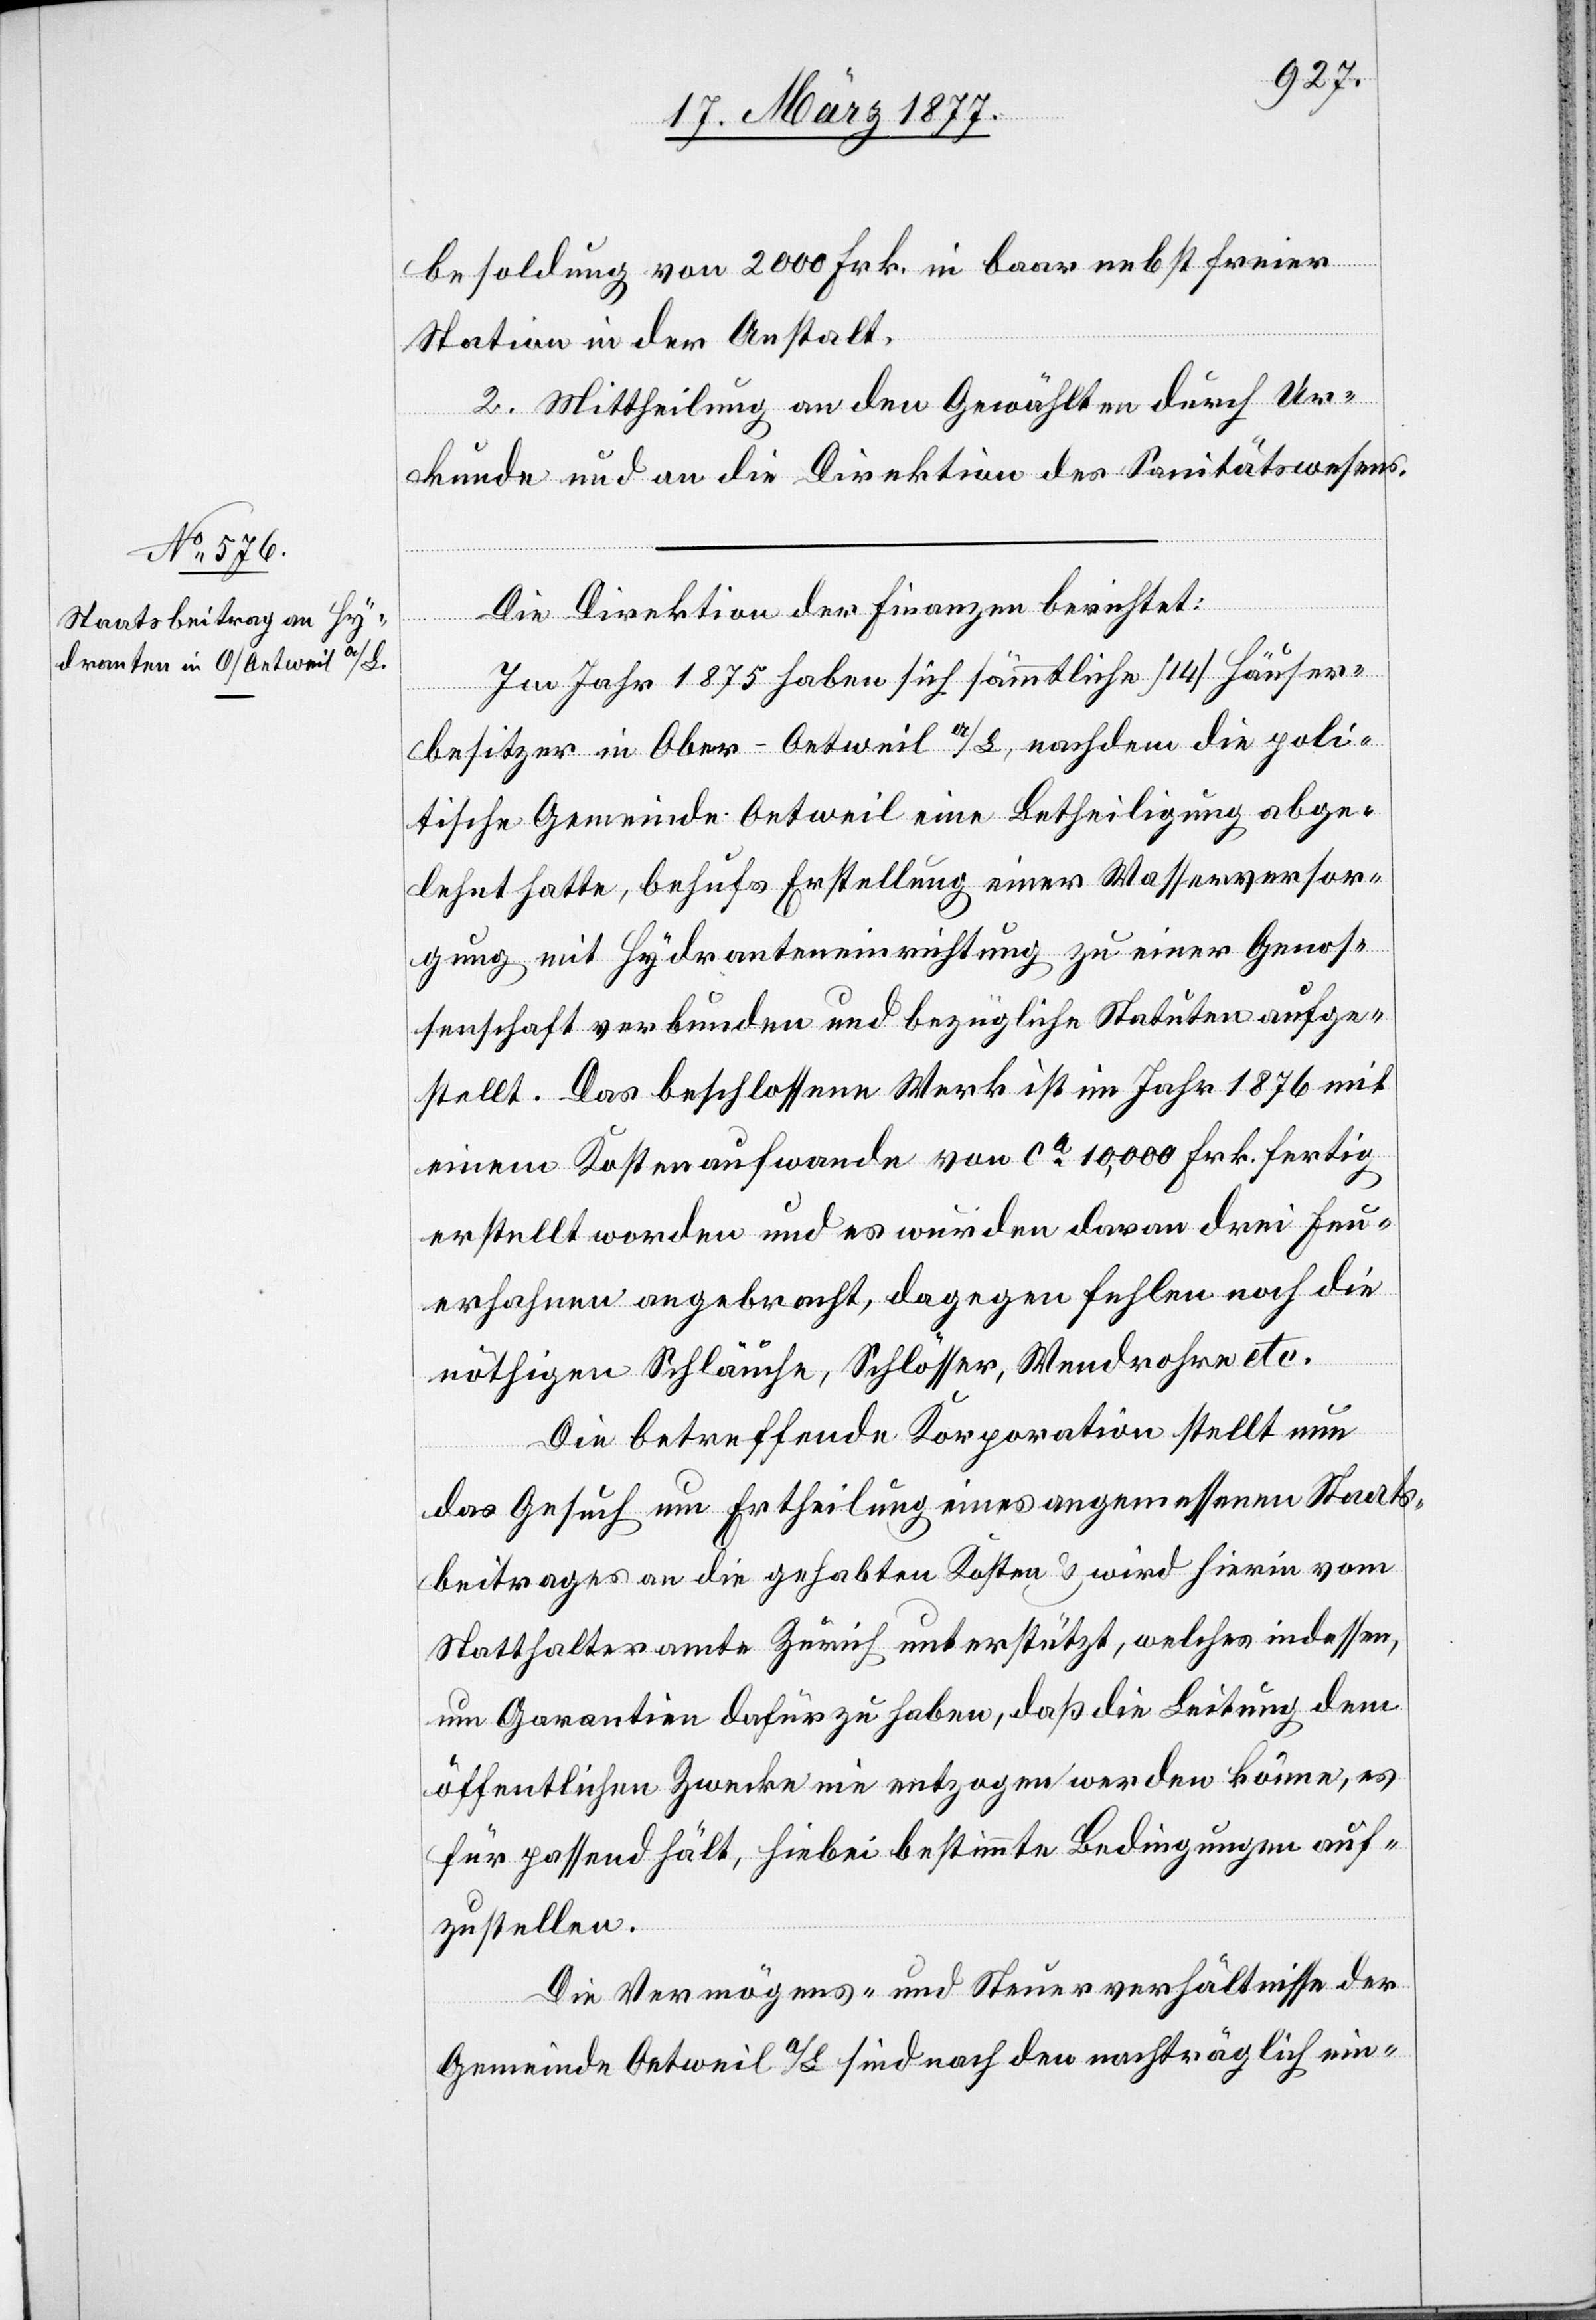
besoldung von 2000 Frk. in baar nebst freier
Station in der Anstalt.
2. Mittheilung an den Gewählten durch Ur¬
kunde und an die Direktion des Sanitätswesens.
Die Direktion der Finanzen berichtet:
Im Jahr 1875 haben sich sämmtliche [14] Häuser¬
besitzer in Ober-Oetweil a/L., nachdem die poli¬
tische Gemeinde Oetweil eine Betheiligung abge¬
lehnt hatte, behufs Erstellung einer Wasserversor¬
gung mit Hydranteneinrichtung zu einer Genos¬
senschaft verbunden und bezügliche Statuten aufge¬
stellt. Das beschlossene Werk ist im Jahr 1876 mit
einem Kostenaufwande von ca 10,000 Frk. fertig
erstellt worden und es wurden daran drei Feu¬
erfahnen angebracht, dagegen fehlen noch die
nöthigen Schläuche, Schlösser, Wendrohre etc.
Die betreffende Korporation stellt nun
das Gesuch um Ertheilung eines angemessenen Staats¬
beitrages an die gehabten Kosten & wird hierin vom
Statthalteramte Zürich unterstützt, welches indessen,
um Garantien dafür zu haben, daß die Leitung dem
öffentlichen Zwecke nie entzogen werden könne, es
für passend hält, hiebei bestimmte Bedingungen auf¬
zustellen.
Die Vermögens- und Steuerverhältnisse der
Gemeinde Oetweil a/L. sind nach den nachträglich ein-